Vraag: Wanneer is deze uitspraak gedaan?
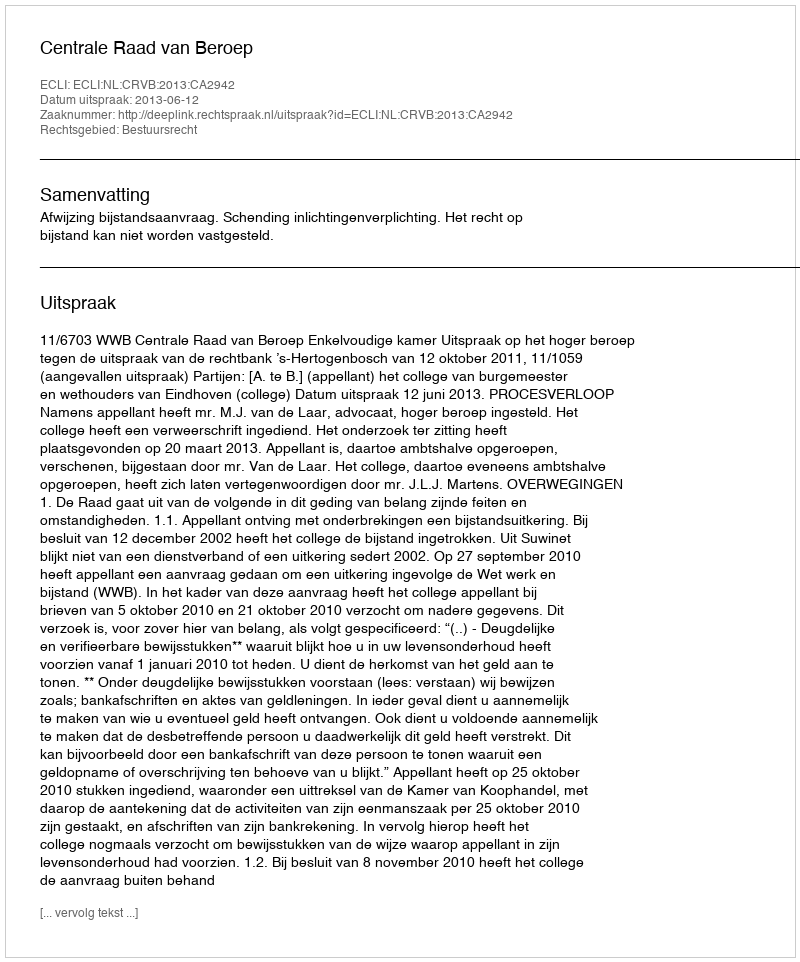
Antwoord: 2013-06-12